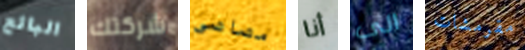
البائع شركتك مصاصي أنا الى مقرمشات